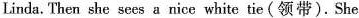
Linda. Then she sees a nice white tie (领带). She